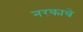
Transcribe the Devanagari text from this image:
नरकाचे